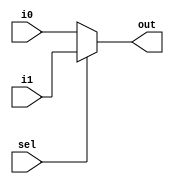
module mux_2x1(i0,i1,sel,out);
input i0,i1,sel;
output reg out;
always @(*)begin
	if(sel==0)begin
		out=i0;
	end
	else begin
		out=i1;
	end
end
endmodule